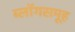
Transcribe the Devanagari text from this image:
ब्लॉगसमूह